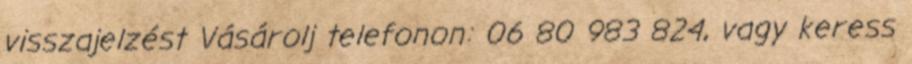
visszajelzést Vásárolj telefonon: 06 80 983 824, vagy keress